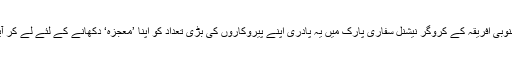
جنوبی افریقہ کے کروگر نیشنل سفاری پارک میں یہ پادری اپنے پیروکاروں کی بڑی تعداد کو اپنا ’معجزہ‘ دکھانے کے لئے لے کر آیا۔